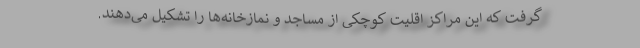
گرفت که این مراکز اقلیت کوچکی از مساجد و نمازخانه‌ها را تشکیل می‌دهند.